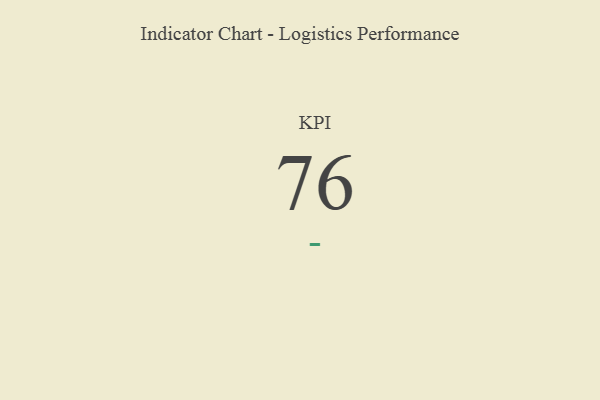
{"axis": {"x": "KPI", "y": "Value"}, "legend": [""], "data": [{"x": "KPI", "y": 76, "type": ""}]}